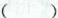
( )